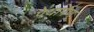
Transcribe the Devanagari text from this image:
पेयार्पण